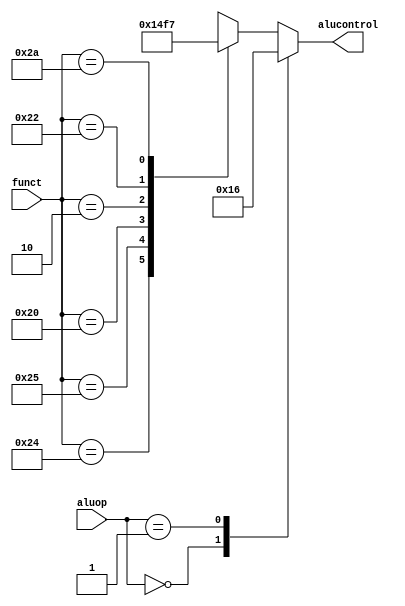
module M_ALU_CONTROLLER(
    input[5:0] funct,
    input[1:0] aluop,
    output reg[2:0] alucontrol);

    always@(*)
    case(aluop)
        2'b00: alucontrol = 3'b010; // add (for lw/sw/addi)
        2'b01: alucontrol = 3'b110; // sub (for beq)
        default: case(funct) // R-type instructions
            6'b100100: alucontrol = 3'b000; // and
            6'b100101: alucontrol = 3'b001; // or
            6'b100000: alucontrol = 3'b010; // add
            6'b000010: alucontrol = 3'b011; // mul
            6'b100010: alucontrol = 3'b110; // sub
            6'b101010: alucontrol = 3'b111; // slt
            default:   alucontrol = 3'bxxx; // ???
        endcase
    endcase
endmodule